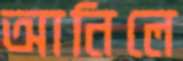
আনিলে